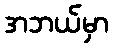
အဘယ်မှာ